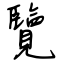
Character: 覽